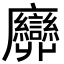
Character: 𢌕